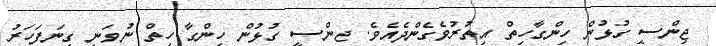
ޖިންސީ ގުޅުން ހިންގާހިތް އިތުރުވެގެންދެއެވެ. ޖންސީ ގުޅުން ހިންގާ ހިތް ނުވަނީ ގިނަފަހަރު